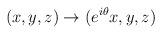
LaTeX: \begin{align*}(x,y,z) \to (e^{i \theta}x,y,z)\end{align*}